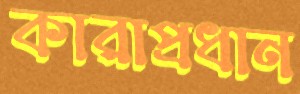
কারাপ্রধান